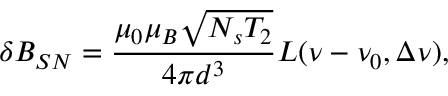
\delta B _ { S N } = \frac { \mu _ { 0 } \mu _ { B } \sqrt { N _ { s } T _ { 2 } } } { 4 \pi d ^ { 3 } } L ( \nu - \nu _ { 0 } , \Delta \nu ) ,